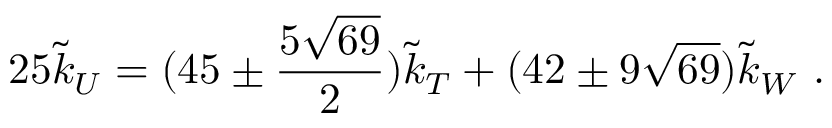
2 5 { \tilde { k } _ { U } } = ( 4 5 \pm \frac { 5 \sqrt { 6 9 } } { 2 } ) \tilde { k } _ { T } + ( 4 2 \pm 9 \sqrt { 6 9 } ) \tilde { k } _ { W } ~ .